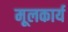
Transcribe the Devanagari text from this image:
मूलकार्य